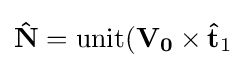
\mathbf {\hat {N}} =\mathrm {unit} (\mathbf {V_{0}} \times \mathbf {\hat {t}} _{1}